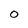
Character: 0